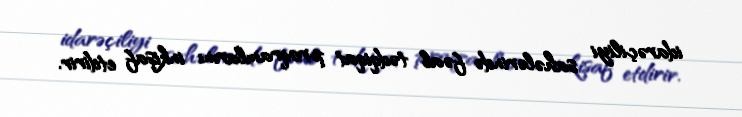
idarəçiliyi sahələrində fəal tədqiqat proqramlarını inkişaf etdirir.